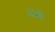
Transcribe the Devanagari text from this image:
अम्हे